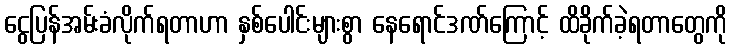
ငွေပြန်အမ်းခံလိုက်ရတာဟာ နှစ်ပေါင်းများစွာ နေရောင်ဒဏ်ကြောင့် ထိခိုက်ခဲ့ရတာတွေကို